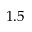
1 . 5